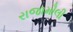
રાજામૌલી